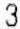
3